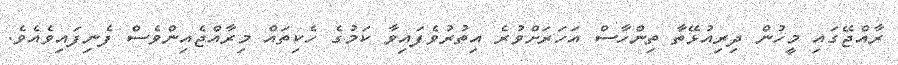
ރާއްޖޭގައި މީހުން ދިރިއުޅޭތާ ތިންހާސް އަހަރަށްވުރެ އިތުރުވެފައިވާ ކަމުގެ ހެކިތައް މިރާއްޖެއިންވެސް ފެނިފައިވެއެވެ.